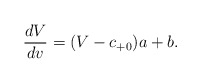
\begin{align*} \frac{dV}{dv}=(V-c_{+0})a+b.\end{align*}